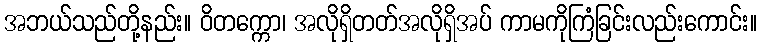
အဘယ်သည်တို့နည်း။ ဝိတက္ကော၊ အလိုရှိတတ်အလိုရှိအပ် ကာမကိုကြံခြင်းလည်းကောင်း။